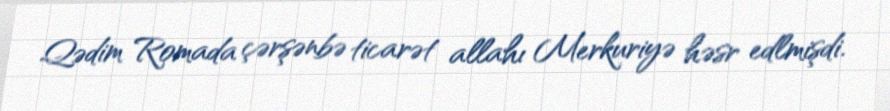
Qədim Romada çərşənbə ticarət allahı Merkuriyə həsr edlmişdi.